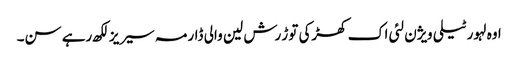
اوہ لہور ٹیلی ویژن لئی اک کھڑکی توڑ رش لین والی ڈارمہ سیریز لکھ رہے سن۔